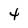
Character: 4